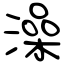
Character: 澡